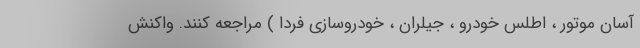
آسان موتور ، اطلس خودرو ، جیلران ، خودروسازی فردا ) مراجعه کنند. واکنش